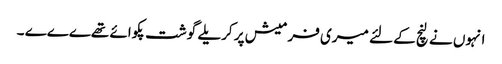
انہوں نے لنچ کے لئے میری فرمیش پر کریلے گوشت پکوائے تھےےےے ۔